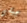
جيشي